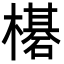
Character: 𬄯